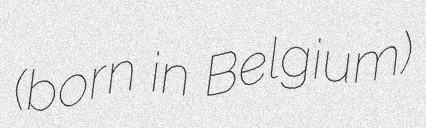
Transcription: (born in Belgium)